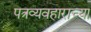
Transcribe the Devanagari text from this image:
पत्रव्यवहाराच्या